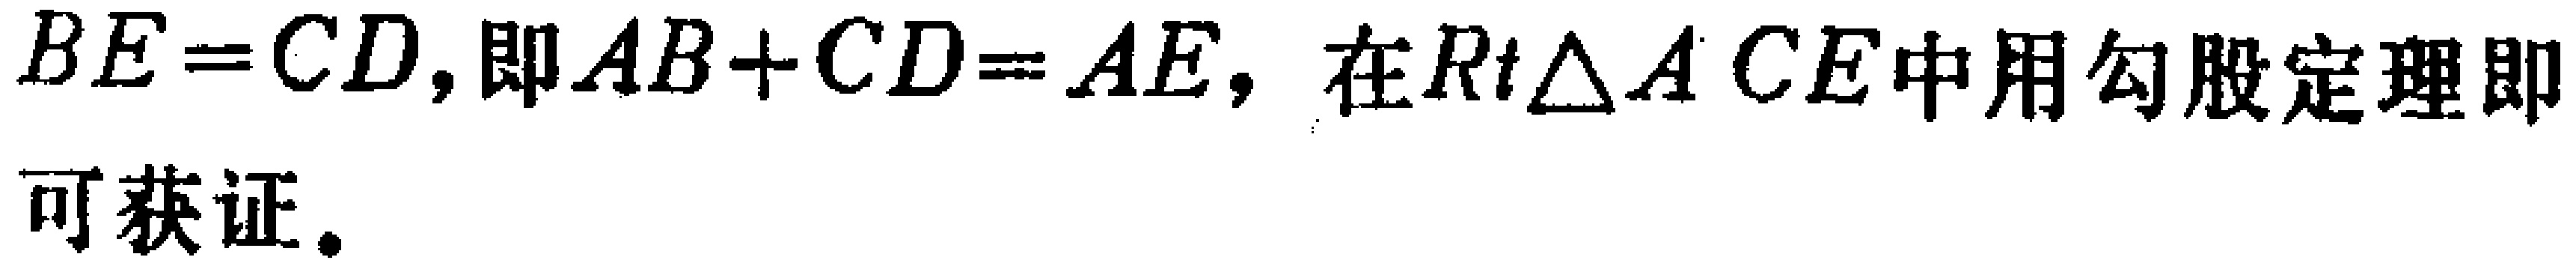
$BE = CD,即AB + CD = AE,在Rt\triangle ACE中用勾股定理即可获证.$